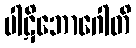
ပါဋိဘောဂေါတိ